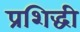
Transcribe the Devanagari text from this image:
प्रशिद्धी